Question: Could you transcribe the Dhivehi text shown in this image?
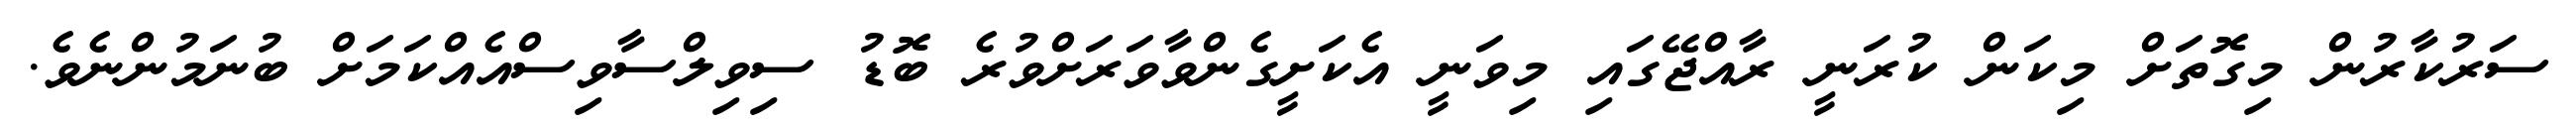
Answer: ސަރުކާރުން މިގޮތަށް މިކަން ކުރަނީ ރާއްޖޭގައި މިވަނީ އެކަށީގެންވާވަރަށްވުރެ ބޮޑު ސިވިލްސާވިސްއެއްކަމަށް ބުނަމުންނެވެ.